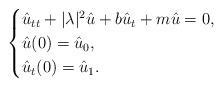
LaTeX: \begin{align*}\begin{cases} \hat{u}_{tt}+|\lambda|^{2}\hat{u}+b\hat{u}_{t}+m\hat{u}=0,\\ \hat{u}(0)=\hat{u}_{0},\\ \hat{u}_{t}(0)=\hat{u}_{1}. \end{cases} \end{align*}